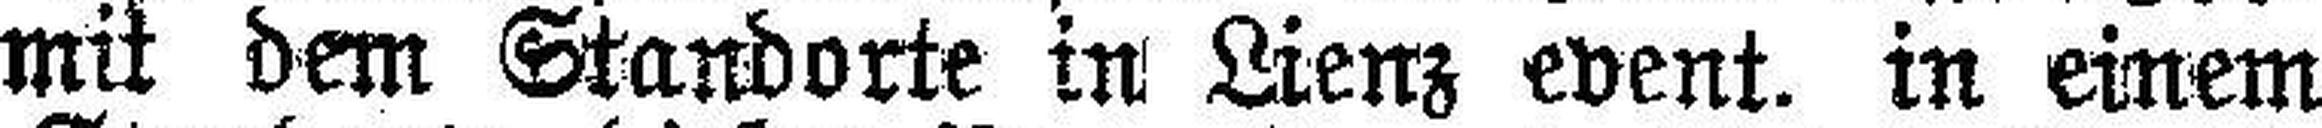
arlberg mit dem Standorte in Lienz event. in einem